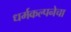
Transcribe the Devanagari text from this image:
धर्मकल्पनेचा